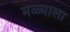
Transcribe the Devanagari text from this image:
मळ्याला